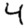
Digit: 4